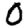
Digit: 0